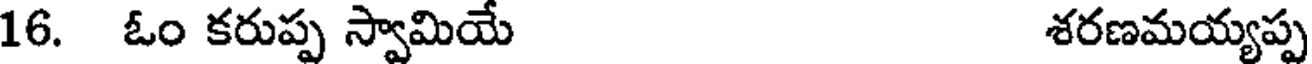
16. ఓం కరుప్ప స్వామియ శరణమయ్యప్ప